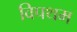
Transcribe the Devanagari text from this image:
विपथम